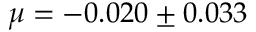
\mu = - 0 . 0 2 0 \pm 0 . 0 3 3